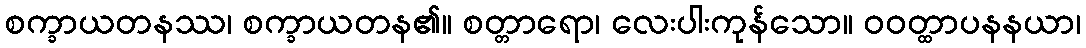
စက္ခာယတနဿ၊ စက္ခာယတန၏။ စတ္တာရော၊ လေးပါးကုန်သော။ ဝဝတ္ထာပနနယာ၊